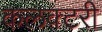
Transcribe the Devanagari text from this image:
कलक्टरी